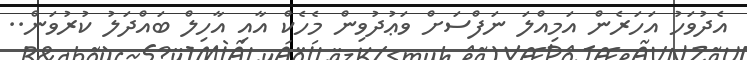
އެދުވަހު އަހަރެން އަމިއްލަ ނަފްސަށް ވަޢުދުވިން މެހެކް އާއި އާހިލް ބައްދަލު ކުރުވަން..